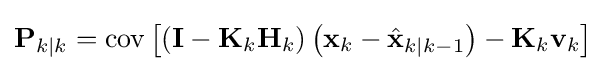
\mathbf {P} _{k\mid k}=\operatorname {cov} \left[\left(\mathbf {I} -\mathbf {K} _{k}\mathbf {H} _{k}\right)\left(\mathbf {x} _{k}-{\hat {\mathbf {x} }}_{k\mid k-1}\right)-\mathbf {K} _{k}\mathbf {v} _{k}\right]